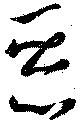
惡